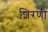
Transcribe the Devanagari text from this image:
शिरणी